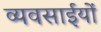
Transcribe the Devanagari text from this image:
व्यवसाईयों